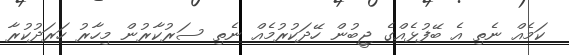
ކަމެއް ނެތި އެ ބޭފުޅެއްގެ ޖީބުން ހޭދަކުރުމެއް ނެތި ސަރުކާރުން މިހާރު ހަރަދުކުރާ